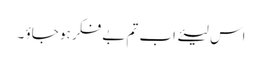
اس لیئے اب تم بے فکر ہو جاؤ ۔